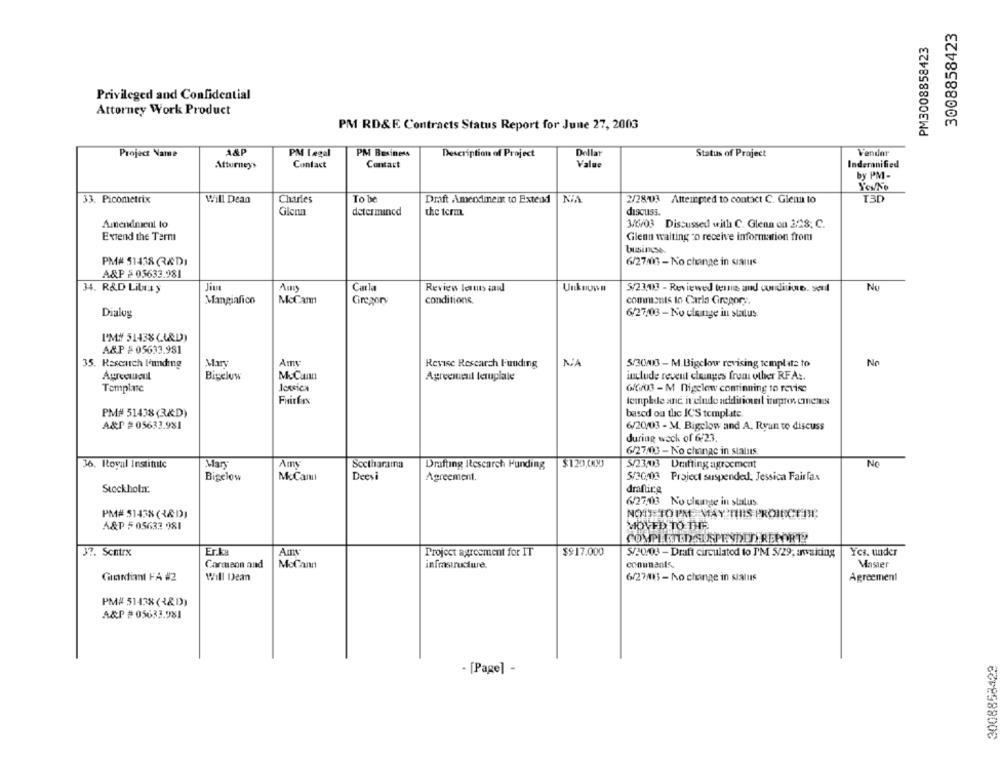
3008858423
PM3008858423
Privileged and Confidential
Attorney Work Product
PM RD&E Contracts Status Report for June 27, 2003
Project Name
A&P
PM Legal
PM Business
Dellat
Status of Project
Vender
Description of Project
Attorneys
Contact
Contact
Value
Inderanified
by PM-
33. Picometrix
Will Dean
Charles
Draft Amendment to Extend
NA
2/28/03 Attempted to contact C. Glenn to
T3D
Glenn
determincd
the term.
discuss.
Amendment to
3/6/03 Discussed with C. Glenn on 2:28; C.
Extend the Term
Glenn waiting To receive information from
PM# 51438QADI
6/27/06 - No change in sans
A&P = 03633.981
34. R&D Lila y
Jim
Carla
Review lenuts and
Unknown
5/23.03 - Reviewed tenne and conditions. seul
No
Mangiafico
McCam
Ciregory
conditions.
comments to Carla Grogory.
6/27/03 - No uleinge in status.
Dialog
I'M# 51438(4&D)
A&P = 05633.981
35. Research l'unding
Amy
Revise Research Funding
NA
5/300013 - M.Bigelow revising template to
No
Agrediuout
Bigclow
McCann
Agreemail teruplate
include revent clouinges from other RFA :.
Template
Jessica
6/6/03 -M Digelow cominning to revise
Fairfax
lempkde and ivelude additional inprocmems
PM# 51418(3&D)
based ou the IC'S template
A&P #05633.981
6/20/03 - M. Bigelow and A. Ryan to discuss
during weck of 6-23.
6/27/03 - No change in status.
36. Royal Institute
Mars
Amy
Scctharama
Drafting Rescarch Funding
$120,CMXJ
5/23/03 Dmitting agreement
No
Bigclow
McCam
Deevi
Agreement.
5/20:03 Project suspended: Jessica Fairfax
Stockholm:
drafting
6/27.03 No ulempe in status.
PM# 51438(<D)
NOTE TO PM- MAY THIS PROINCETTE
A&P 5 05632 981
MOVED TO THE
COMPLETED SUSPENDED REPORTE
37. Sentrx
Project agreement for IT
$$ 17.000
5/30/03 - Draft circulated to PM 5/29, envakting
Yes. under
Carmaon and
McCann
infrastructure.
conunants.
Master
GuardianI FA #2
Will Dean
6/27/03 - No change in sixins
Agreement
PM# 51438(<&D)
A&P #05633.981
- [Page] -
63F8588006